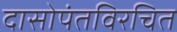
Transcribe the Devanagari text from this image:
दासोपंतविरचित